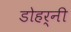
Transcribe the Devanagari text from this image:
डोहर्नी